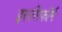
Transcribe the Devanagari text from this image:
इरूसिफॉर्म